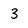
Character: 3